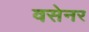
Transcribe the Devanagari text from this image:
वसेनर